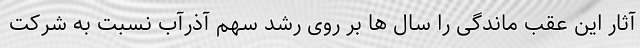
آثار این عقب‌ ماندگی را سال‌ ها بر روی رشد سهم آذرآب نسبت به شرکت‌